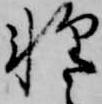
軽